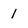
Character: 1